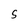
Character: s